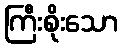
ကြီးစိုးသော